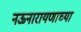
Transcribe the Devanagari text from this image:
नऊनारायणाच्या